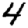
Digit: 4